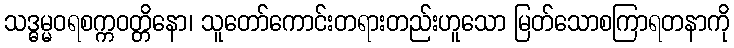
သဒ္ဓမ္မဝရစက္ကဝတ္တိနော၊ သူတော်ကောင်းတရားတည်းဟူသော မြတ်သောစကြာရတနာကို